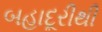
બહાદૂરીથી